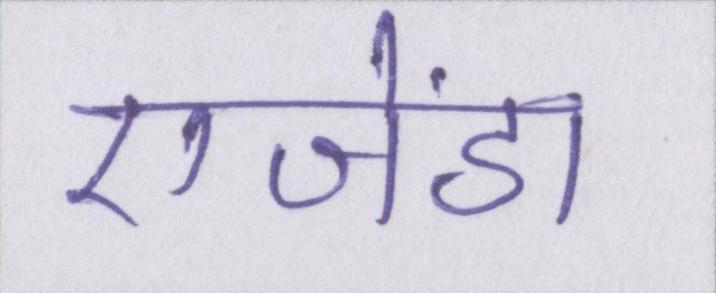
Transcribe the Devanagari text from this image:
एजेंडा